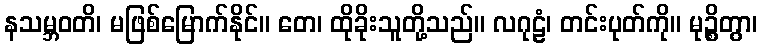
နသမ္ဘဝတိ၊ မဖြစ်မြောက်နိုင်။ တေ၊ ထိုခိုးသူတို့သည်။ လဂုဠံ၊ တင်းပုတ်ကို။ မုဉ္စိတွာ၊